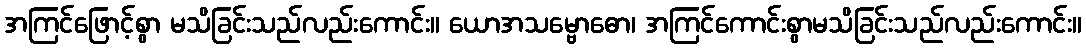
အကြင်ဖြောင့်စွာ မသိခြင်းသည်လည်းကောင်း။ ယောအသမ္ဗောဓော၊ အကြင်ကောင်းစွာမသိခြင်းသည်လည်းကောင်း။